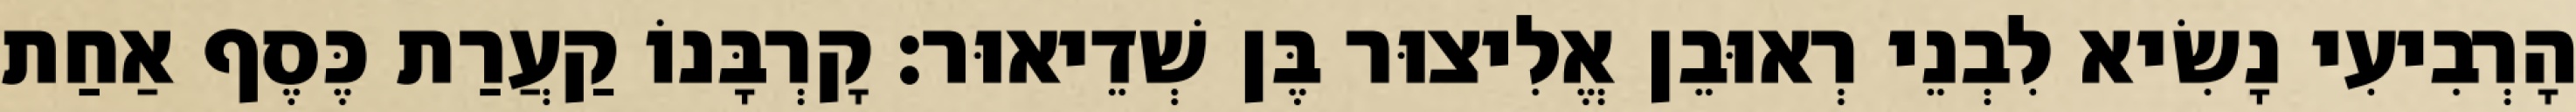
הָרְבִיעִי נָשִׂיא לִבְנֵי רְאוּבֵן אֱלִיצוּר בֶּן שְׁדֵיאוּר׃ קָרְבָּנוֹ קַעֲרַת כֶּסֶף אַחַת